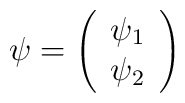
\psi = \left( \begin{array}{c}                \psi_1 \\                \psi_2                 \end{array}          \right)